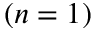
( n = 1 )